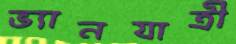
ভ্যানযাত্রী